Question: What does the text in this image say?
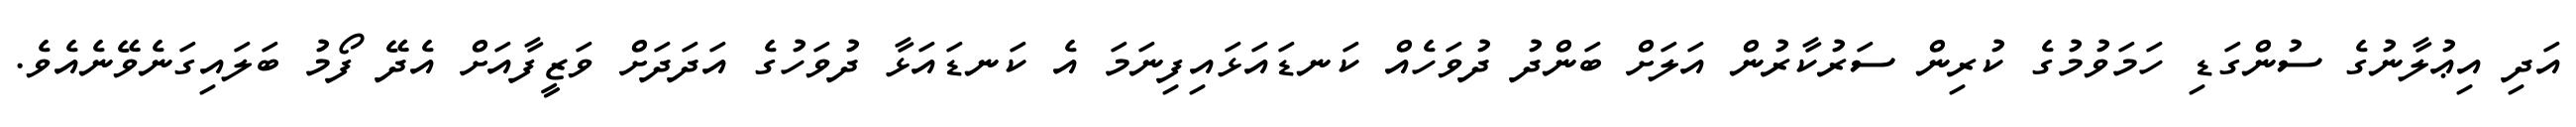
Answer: އަދި އިޢުލާނުގެ ސުންގަޑި ހަމަވުމުގެ ކުރިން ސަރުކާރުން އަލަށް ބަންދު ދުވަހެއް ކަނޑައަޅައިފިނަމަ އެ ކަނޑައަޅާ ދުވަހުގެ އަދަދަށް ވަޒީފާއަށް އެދޭ ފޯމު ބަލައިގަނެވޭނެއެވެ.